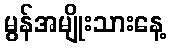
မွန်အမျိုးသားနေ့